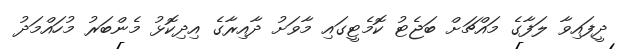
ދީފައިވާ ލަފާގެ މައްޗަށް ބަޖެޓު ކޮމެޓީގައި މާވަށު ދާއިރާގެ އިދިކޮޅު މެންބަރު މުހައްމަދު